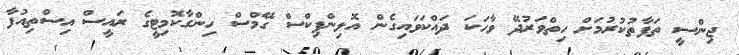
ޖިންސީ ތަފާތުކުރުމަށް ހިތްވަރުދޭ ވާހަކަ ދައްކަވައިގެން އޮލިންޕިކްސް ގޭމްސް ހިންގާކޮމިޓީގެ ރައީސް އިސްތިއުފާ